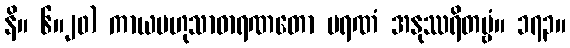
နိ။ ၆။၂၀) ကာယဗဟုသာဓာရဏတော မရဏံ အနုဿရိတဗ္ဗံ။ ၁၇၃။